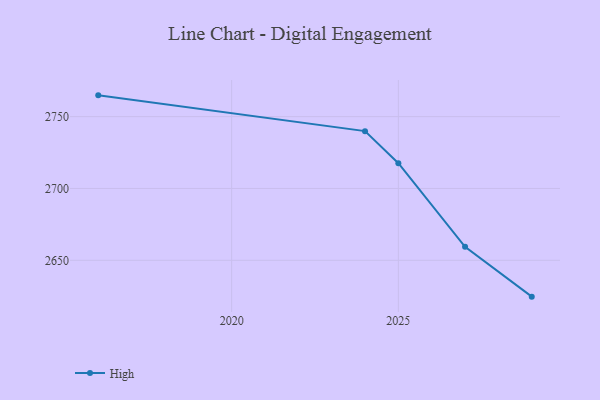
{"axis": {"x": "Year", "y": "Latency (ms)"}, "legend": ["High"], "data": [{"x": "2016", "y": 2764.8, "type": "High"}, {"x": "2024", "y": 2739.9, "type": "High"}, {"x": "2025", "y": 2717.6, "type": "High"}, {"x": "2027", "y": 2659.4, "type": "High"}, {"x": "2029", "y": 2624.7, "type": "High"}]}